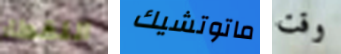
اللقطاء ماتوتشيك وقت